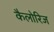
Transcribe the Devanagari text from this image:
कैलोरिज